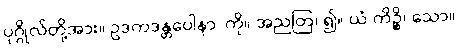
ပုဂ္ဂိုလ်တို့အား။ ဥဒကဒန္တပေါနာ၊ ကို။ အညတြ၊ ၍။ ယံ ကိဉ္စိ၊ သော။